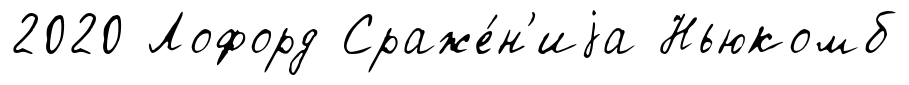
2020 Лофорд Сраже́н'иjа Ньюкомб